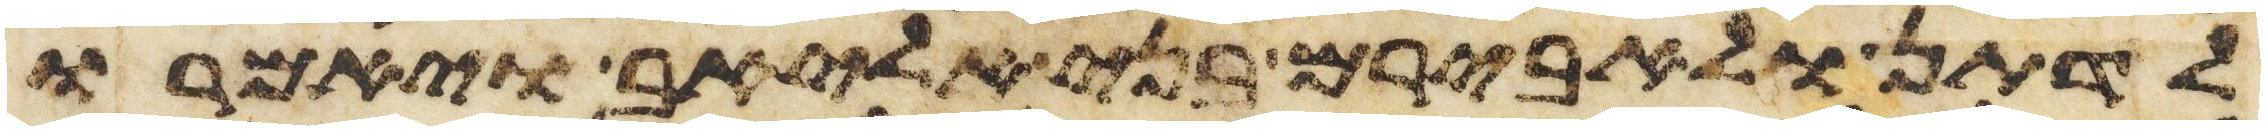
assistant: לדתן ולאבירם בני אליאב ויאמרו